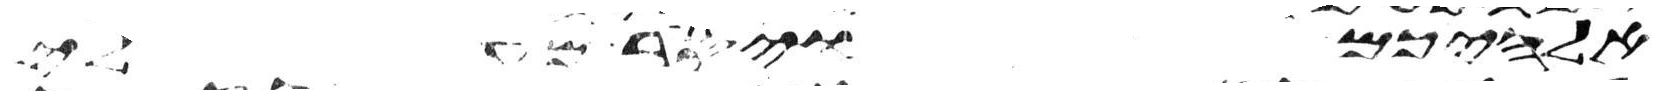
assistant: אלהיכם ויסר מעלי